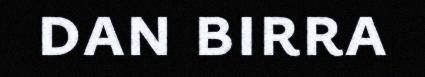
dan birra